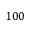
1 0 0